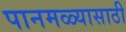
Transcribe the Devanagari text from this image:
पानमळ्यासाठी